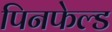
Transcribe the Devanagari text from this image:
पिनफेल्ड